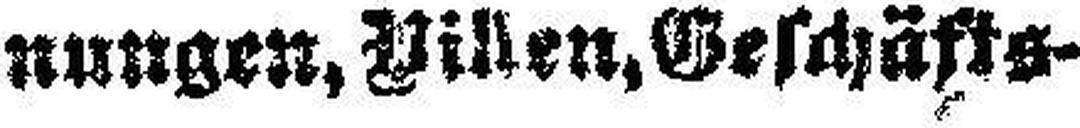
nungen, Billen, Geschäfts¬